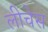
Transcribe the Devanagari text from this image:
लीचेस